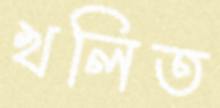
খলিত